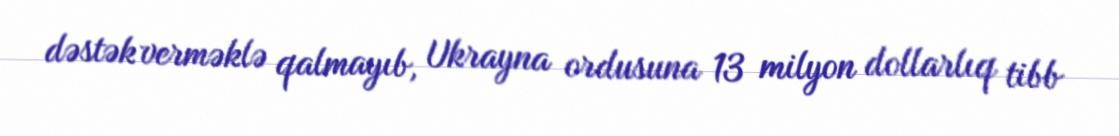
dəstək verməklə qalmayıb, Ukrayna ordusuna 13 milyon dollarlıq tibb